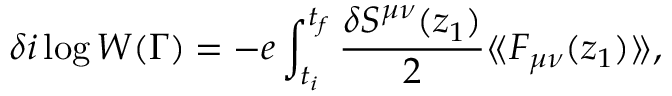
\delta i \log W ( \Gamma ) = - { e } \int _ { t _ { i } } ^ { t _ { f } } { \frac { \delta S ^ { \mu \nu } ( z _ { 1 } ) } { 2 } } \langle \! \langle F _ { \mu \nu } ( z _ { 1 } ) \rangle \! \rangle ,